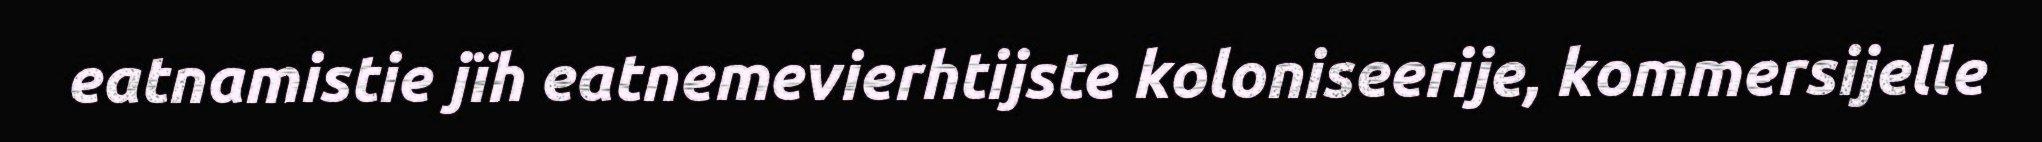
eatnamistie jïh eatnemevierhtijste koloniseerije, kommersijelle